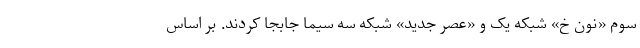
سوم «نون خ» شبکه یک و «عصر جدید» شبکه سه سیما جابجا کردند. بر اساس